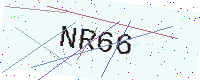
Text: NR66